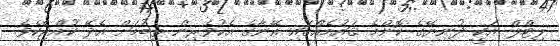
ލިޓްލް އަކީ ދުނިޔޭގެ ކޮންމެ ޤައުމެެއްގައި އޭނާގެ އެކުވެރިން ތިބުމަށް އެދޭ ކުއްޖެކެވެ.